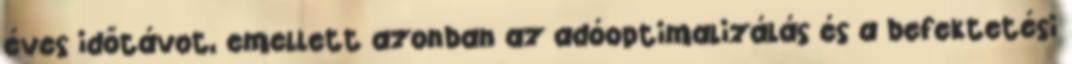
éves időtávot, emellett azonban az adóoptimalizálás és a befektetési